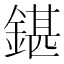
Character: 鍖